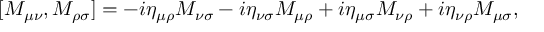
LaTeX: \protect [ M _ { \mu \nu } , M _ { \rho \sigma } ] = - i \eta _ { \mu \rho } M _ { \nu \sigma } - i \eta _ { \nu \sigma } M _ { \mu \rho } + i \eta _ { \mu \sigma } M _ { \nu \rho } + i \eta _ { \nu \rho } M _ { \mu \sigma } ,